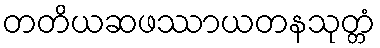
တတိယဆဖဿာယတနသုတ္တံ